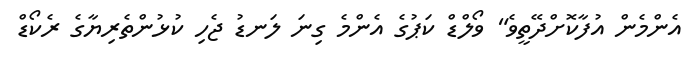
އެންމެން އުފާކޮށްދޭތީވެ" ވޯލްޑް ކަޕުގެ އެންމެ ގިނަ ލަނޑު ޖެހި ކުޅުންތެރިޔާގެ ރެކޯޑް